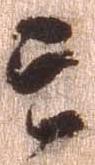
云